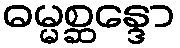
ဓမ္မစ္ဆန္ဒော